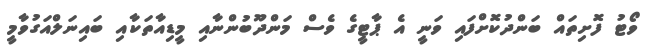
ވޯޓު ފޮށިތައް ބަންދުކޮށްފައި ވަނީ އެ ޕާޓީގެ ވެސް މަންދޫބުންނާއި މީޑިއާތަކާއި ބައިނަލްއަގުވާމީ